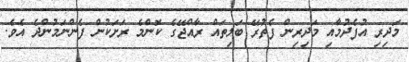
މަދިރި އުފެދުމާއި މަދިރިން ފެތުރޭ ބަލިތައް ރާއްޖޭގެ ކޮންމެ ރަށަކުން ފެންނަމުންދެ އެވެ.